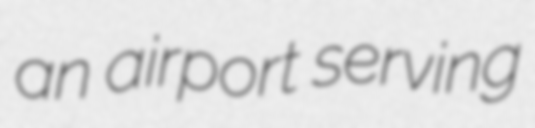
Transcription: an airport serving